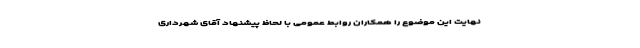
نهایت این موضوع را همکاران روابط عمومی با لحاظ پیشنهاد آقای شهرداری